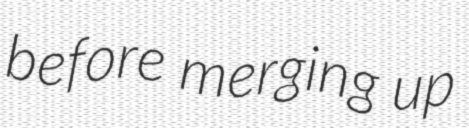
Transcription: before merging up